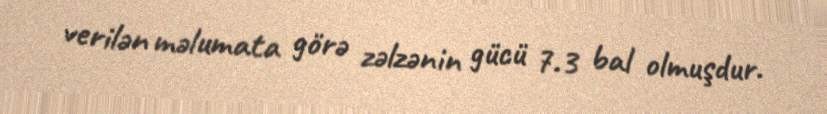
verilən məlumata görə zəlzənin gücü 7.3 bal olmuşdur.